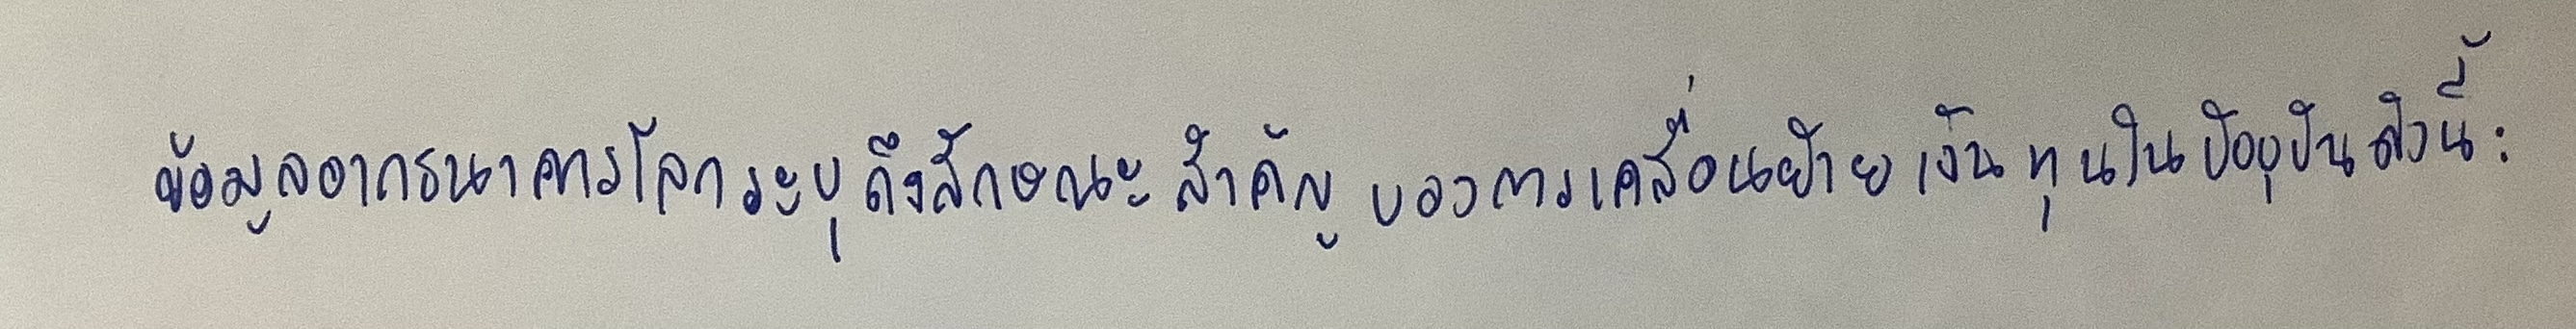
ข้อมูลจากธนาคารโลกระบุถึงลักษณะสำคัญของการเคลื่อนย้ายเงินทุนในปัจจุบันดังนี้: